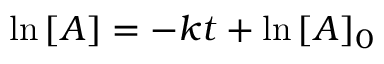
\ \ln { [ A ] } = - k t + \ln { [ A ] _ { 0 } }